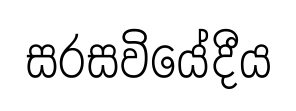
සරසවියේදීය